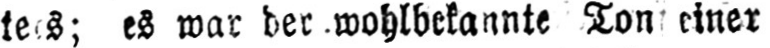
es war der wohlbekannte Ton einer